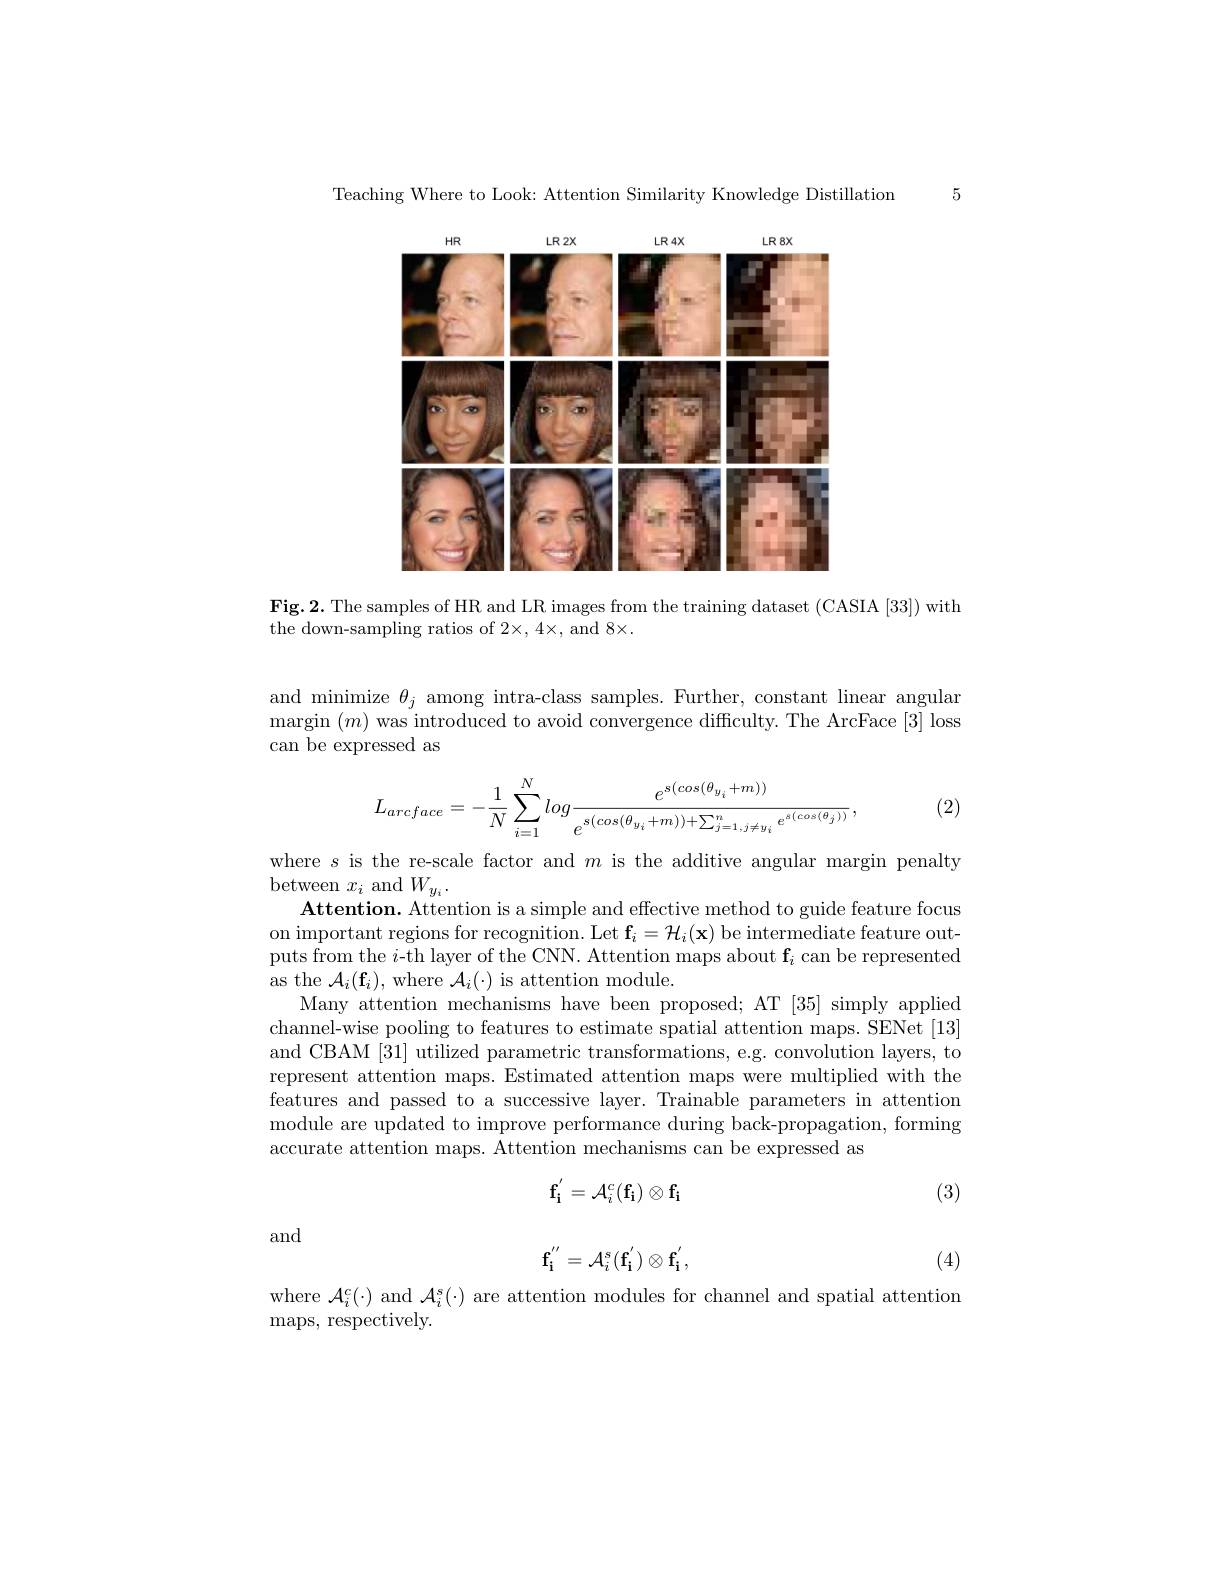
Teaching Where to Look: Attention Similarity Knowledge Distillation 5

<FigureHere>

Fig.2. The samples of HR and LR images from the training dataset (CASIA [33]) with
the down-sampling ratios of 2×, 4×, and 8×.

and minimize $\theta_j$ among intra-class samples. Further, constant linear angular margin $( m)$ was introduced to avoid convergence difficulty. The ArcFace [3] loss can be expressed as
$$\begin{aligned}L_{arcface}&=-\frac{1}{N}\sum_{i=1}^{N}log\frac{e^{s(cos(\theta_{y_i}+m))}}{e^{s(cos(\theta_{y_i}+m))+\sum_{j=1,j\neq y_i}^{n}e^{s(cos(\theta_j))}}},\end{aligned}$$
(2)

where $s$ is the re-scale factor and $m$ is the additive angular margin penalty
between $x_i$ and $W_y_i.$
$\textbf{Attention. Attention is a simple and effective method to guide feature focus}$ on important regions for recognition. Let $\mathbf{f}_i=\mathcal{H}_i(\mathbf{x})$ be intermediate feature outputs from the $i$-th layer of the CNN. Attention maps about $\mathbf{f}_i$ can be represented as the $\mathcal{A}_i(\mathbf{f}_i)$,where $\mathcal{A}_i(\cdot)$ is attention module.
Many attention mechanisms have been proposed; AT [35] simply applied channel-wise pooling to features to estimate spatial attention maps. SENet [13] and CBAM [31] utilized parametric transformations, e.g. convolution layers, to represent attention maps. Estimated attention maps were multiplied with the features and passed to a successive layer. Trainable parameters in attention module are updated to improve performance during back-propagation, forming accurate attention maps. Attention mechanisms can be expressed as

(3)
$$\mathbf{f_i^{'}}=\mathcal{A}_i^c(\mathbf{f_i})\otimes\mathbf{f_i}$$
and
$$\mathbf{f_i^{''}}=\mathcal{A}_i^s(\mathbf{f_i^{'}})\otimes\mathbf{f_i^{'}},$$
(4)

where $\mathcal{A}_{i}^{c}(\cdot)$ and $\mathcal{A}_{i}^{s}(\cdot)$ are attention modules for channel and spatial attention
maps,  respectively.